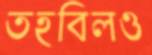
তহবিলও